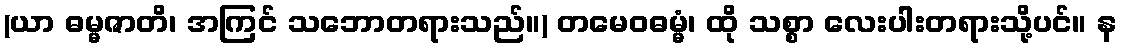
(ယာ ဓမ္မဇာတိ၊ အကြင် သဘောတရားသည်။) တမေဝဓမ္မံ၊ ထို သစ္စာ လေးပါးတရားသို့ပင်။ န